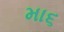
મા૬